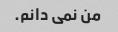
من نمی دانم.